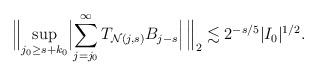
LaTeX: \begin{align*}\Bigl\lVert \sup _{j_0 \geq s+k_0} \Bigl\lvert \sum_{j = j_0} ^{\infty } T _{\mathcal N(j,s)} B _{j-s}\Bigr\rvert\, \Bigr\rVert_2 \lesssim 2 ^{-s/5} \lvert I_0\rvert ^{1/2}. \end{align*}